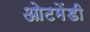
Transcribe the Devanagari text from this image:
ओटमेंडी